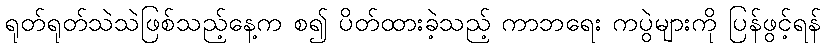
ရုတ်ရုတ်သဲသဲဖြစ်သည့်နေ့က စ၍ ပိတ်ထားခဲ့သည့် ကာဘရေး ကပွဲများကို ပြန်ဖွင့်ရန်